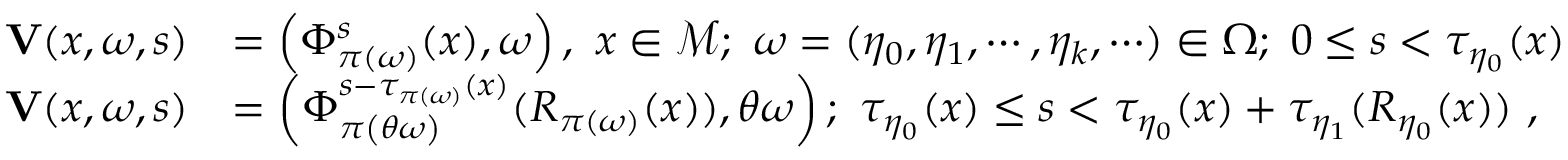
\begin{array} { r l } { \mathbf { V } ( x , \omega , s ) } & { = \left( \Phi _ { \pi \left( \omega \right) } ^ { s } ( x ) , \omega \right) , \ x \in \mathcal { M } ; \ \omega = ( \eta _ { 0 } , \eta _ { 1 } , \cdots , \eta _ { k } , \cdots ) \in \Omega ; \ 0 \leq s < \tau _ { \eta _ { 0 } } ( x ) } \\ { \mathbf { V } ( x , \omega , s ) } & { = \left( \Phi _ { \pi \left( \theta \omega \right) } ^ { s - \tau _ { \pi \left( \omega \right) } ( x ) } ( R _ { \pi \left( \omega \right) } ( x ) ) , \theta \omega \right) ; \ \tau _ { \eta _ { 0 } } ( x ) \leq s < \tau _ { \eta _ { 0 } } ( x ) + \tau _ { \eta _ { 1 } } ( R _ { \eta _ { 0 } } ( x ) ) \ , } \end{array}